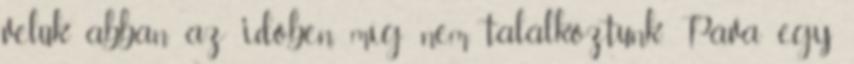
velük abban az időben, míg nem találkoztunk. Páva egy